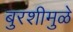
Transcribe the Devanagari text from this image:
बुरशीमुळे